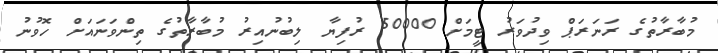
މުބާރާތުގެ ރަނަރަޕް ވިދުވަރު ޓީމަށް 50000 ރުފިޔާ ލިބުނުއިރު މުބާރާތުގެ ތިންވަނައަށް ހޮވުނު